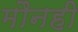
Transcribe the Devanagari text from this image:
मौनही